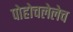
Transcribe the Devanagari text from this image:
पोहोचलेलेच